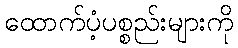
ထောက်ပံ့ပစ္စည်းများကို